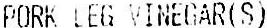
PORK LEG VINEGAR(S)